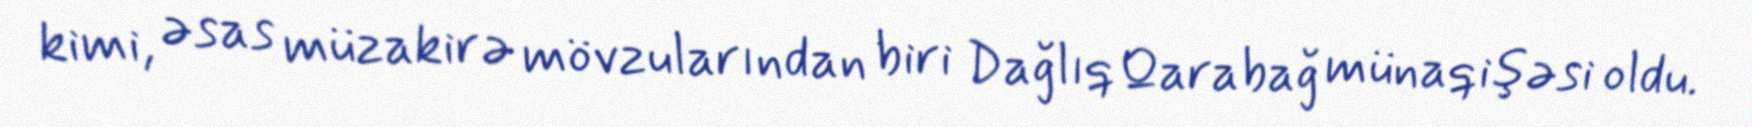
kimi, əsas müzakirə mövzularından biri Dağlıq Qarabağ münaqişəsi oldu.